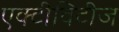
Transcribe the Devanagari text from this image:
एक्टीविटीज